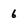
Character: 6